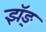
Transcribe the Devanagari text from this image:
झॅङ्